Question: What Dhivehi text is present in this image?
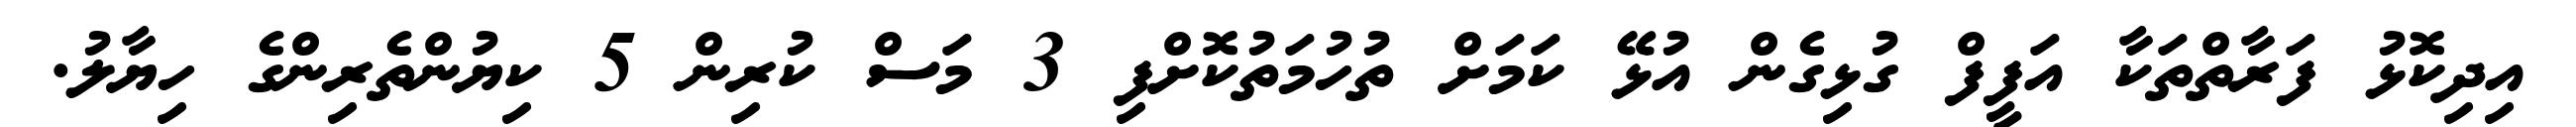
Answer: އިދިކޮޅު ފަރާތްތަކާ އަފީފް ގުޅިގެން އުޅޭ ކަމަށް ތުހުމަތުކޮށްފި 3 މަސް ކުރިން 5 ކިޔުންތެރިންގެ ހިޔާލު.